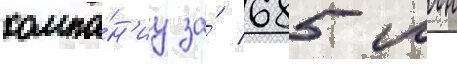
компа́н'иу за́ 685 млн